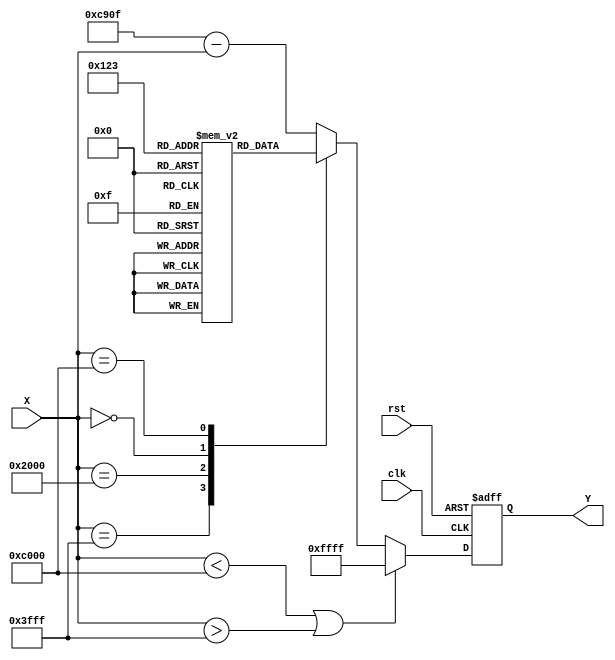
module acos_block (
    input wire signed [15:0] X, // Input: Fixed-point cosine value in [-1, 1] range
    output reg signed [15:0] Y,  // Output: Fixed-point angle in radians in [0, ] range
    input wire clk,               // Clock signal
    input wire rst                // Reset signal
);

    // Define parameters for fixed-point representation
    parameter WIDTH = 16; // Total width of the fixed-point number
    parameter FRACTION = 12; // Fractional bits
    parameter PI = 16'hC90F; // Fixed-point representation of  (approx. 3.14159)

    // Lookup table for acos values (can be expanded)
    reg signed [15:0] lut [0:10]; // LUT for specific values
    initial begin
        lut[0] = 16'h0000; // acos(1) = 0
        lut[1] = 16'h3C90; // acos(0.5) = /3
        lut[2] = 16'h0000; // acos(0) = /2
        lut[3] = 16'hC90F; // acos(-1) = 
        // Add more values as needed for better precision
    end

    // Control logic
    always @(posedge clk or posedge rst) begin
        if (rst) begin
            Y <= 16'h0000; // Reset output
        end else begin
            if (X < -16'h4000 || X > 16'h3FFF) begin
                Y <= 16'hFFFF; // Error value for out of range [-1, 1]
            end else begin
                // Simple LUT access for specific values
                case (X)
                    16'h3FFF: Y <= lut[0]; // 1
                    16'h2000: Y <= lut[1]; // 0.5
                    16'h0000: Y <= lut[2]; // 0
                    16'hC000: Y <= lut[3]; // -1
                    default: Y <= PI - X; // Approximation for other values
                endcase
            end
        end
    end

endmodule